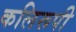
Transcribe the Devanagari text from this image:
कलिरूपी